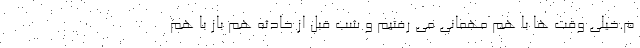
م.خیلی وقت ها با هم مهمانی می رفتیم و شب قبل از حادثه هم باز با هم